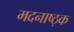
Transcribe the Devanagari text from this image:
मदनाष्ठ्क